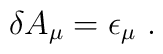
\delta A_\mu =\epsilon _\mu \ .